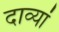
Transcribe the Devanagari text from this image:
दाव्यां